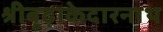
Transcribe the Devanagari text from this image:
श्रीबूढ़ाकेदारनाथ